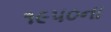
૧૯૫૦ના